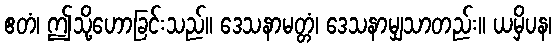
ဧတံ၊ ဤသို့ဟောခြင်းသည်။ ဒေသနာမတ္တံ၊ ဒေသနာမျှသာတည်း။ ယမှိပန၊